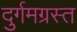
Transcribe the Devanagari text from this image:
दुर्गमग्रस्त